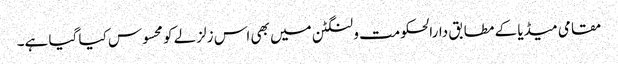
مقامی میڈیا کے مطابق دارالحکومت ولنگٹن میں بھی اس زلزلے کو محسوس کیا گیا ہے۔